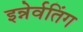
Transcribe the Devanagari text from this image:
इन्नेर्वतिंग